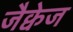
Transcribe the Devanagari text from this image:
जैक्वेज